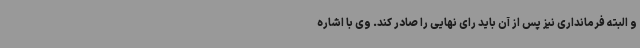
و البته فرمانداری نیز پس از آن باید رای نهایی را صادر کند. وی با اشاره